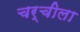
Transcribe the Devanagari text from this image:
चर्चीला